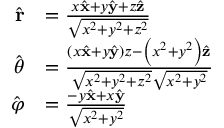
{ \begin{array} { r l } { { \hat { \mathbf { r } } } } & { = { \frac { x { \hat { \mathbf { x } } } + y { \hat { \mathbf { y } } } + z { \hat { \mathbf { z } } } } { \sqrt { x ^ { 2 } + y ^ { 2 } + z ^ { 2 } } } } } \\ { { \hat { \boldsymbol { \theta } } } } & { = { \frac { \left( x { \hat { \mathbf { x } } } + y { \hat { \mathbf { y } } } \right) z - \left( x ^ { 2 } + y ^ { 2 } \right) { \hat { \mathbf { z } } } } { { \sqrt { x ^ { 2 } + y ^ { 2 } + z ^ { 2 } } } { \sqrt { x ^ { 2 } + y ^ { 2 } } } } } } \\ { { \hat { \boldsymbol { \varphi } } } } & { = { \frac { - y { \hat { \mathbf { x } } } + x { \hat { \mathbf { y } } } } { \sqrt { x ^ { 2 } + y ^ { 2 } } } } } \end{array} }